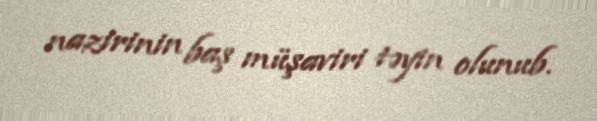
nazirinin baş müşaviri təyin olunub.